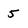
Character: 5